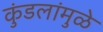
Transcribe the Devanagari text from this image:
कुंडलांमुळे